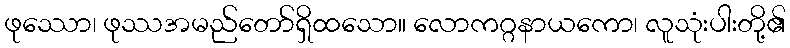
ဖုဿော၊ ဖုဿအမည်တော်ရှိထသော။ လောကဂ္ဂနာယကော၊ လူသုံးပါးတို့၏